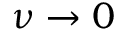
\nu \to 0